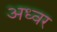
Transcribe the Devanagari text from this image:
अध्वर